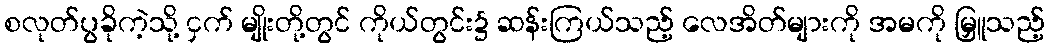
စလုတ်ပွခိုကဲ့သို့ ငှက် မျိုးတို့တွင် ကိုယ်တွင်း၌ ဆန်းကြယ်သည့် လေအိတ်များကို အမကို မြှူသည့်